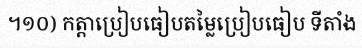
។១០) កត្តាប្រៀបធៀបតម្លៃប្រៀបធៀប ទីតាំង